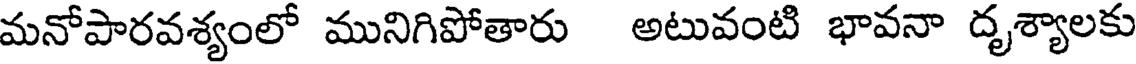
మనోపారవశ్యంలో మునిగిపోతారు అటువంటి భావనా దృశ్యాలకు